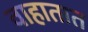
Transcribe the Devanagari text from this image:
वाहातात